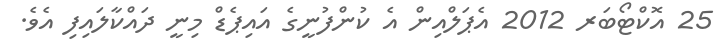
25 އޮކްޓޯބަރ 2012 އެޕަލްއިން އެ ކުންފުނީގެ އައިޕެޑް މިނީ ދައްކާލައިފި އެވެ.